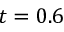
t = 0 . 6